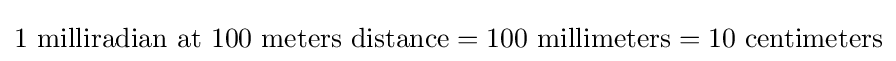
{\text{1 milliradian at 100 meters distance}}={\text{100 millimeters}}={\text{10 centimeters}}